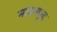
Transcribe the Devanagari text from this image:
मठामधुन